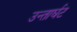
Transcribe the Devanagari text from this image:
उन्तार्घट